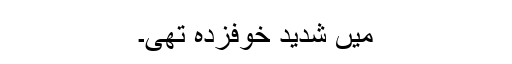
میں شدید خوفزدہ تھی۔